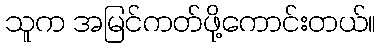
သူက အမြင်ကတ်ဖို့ကောင်းတယ်။